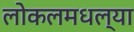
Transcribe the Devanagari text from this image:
लोकलमधल्या